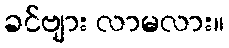
ခင်ဗျား လာမလား။